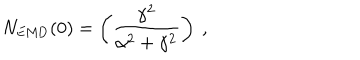
N _ { \mathrm { E M D } } ( 0 ) = \left( \frac { \gamma ^ { 2 } } { \alpha ^ { 2 } + \gamma ^ { 2 } } \right) \ ,